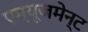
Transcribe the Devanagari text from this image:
एम्‍यूजमेन्‍ट